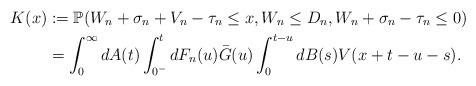
LaTeX: \begin{align*}K(x) &:= \mathbb{P}(W_n +\sigma_n + V_n - \tau_n \leq x , W_n \leq D_n , W_n+ \sigma_n - \tau_n \leq 0) \\ & = \int_{0}^{\infty}dA(t) \int_{0^-}^{t}dF_n(u) \bar{G}(u)\int_{0}^{t-u}dB(s)V(x+t-u-s).\end{align*}